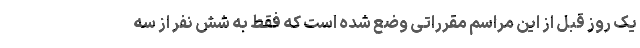
یک روز قبل از این مراسم مقرراتی وضع شده است که فقط به شش نفر از سه